Lunatic asylums Central Provinces reports 1895-1909 - 1895-1909
Year: 1895
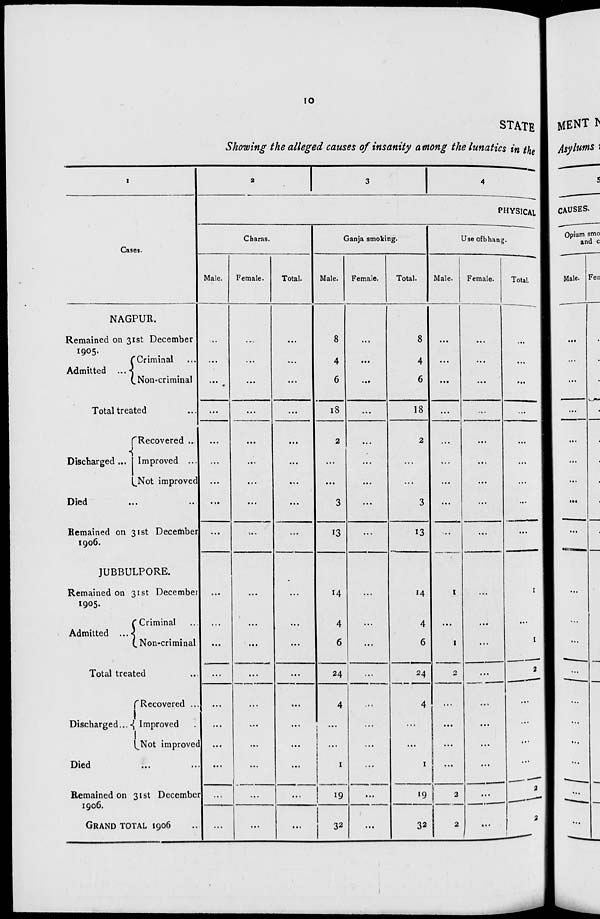
10
STATE
Showing the alleged causes of insanity among the lunatics in the
1
Cases.
NAGPUR.
Remained on 31st December
1905.
Admitted ...
Criminal...
Non-criminal
Total treated
Discharged ...
Recovered ...
Improved ...
Not improved
Died... ...
Remained on 31st December
1906.
JUBBULPORE.
Remained on 31st December
1905.
Admitted ...
Criminal...
Non-criminal
Total treated...
Discharged...
Recovered ...
Improved...
Not improved
Died... ...
Remained on 31st December
GRAND TOTAL 1906...
2
3
4
PHYSICAL
Charas.
Male.
...
...
...
...
...
...
...
...
...
...
...
...
...
...
...
...
...
...
...
Female.
....
...
...
...
...
...
...
...
...
...
...
...
...
...
...
...
...
...
...
Total.
...
...
...
...
...
...
...
...
...
...
...
...
...
...
...
...
...
...
...
Ganja smoking.
Male.
8
4
6
18
2
...
...
3
13
14
4
6
24
4
...
...
1
19
32
Female.
...
...
...
...
...
...
...
...
...
...
...
...
...
...
...
...
...
...
...
Total.
8
4
6
18
2
...
...
3
13
14
4
6
24
4
...
...
1
19
32
Use of bhang.
Male.
...
...
...
...
...
...
...
...
...
1
...
1
2
...
...
...
...
...
2
Female.
...
...
...
...
...
...
...
...
...
...
...
...
...
...
...
...
...
...
...
Total.
...
...
...
...
...
...
...
...
...
1
...
1
2
...
...
...
...
2
2